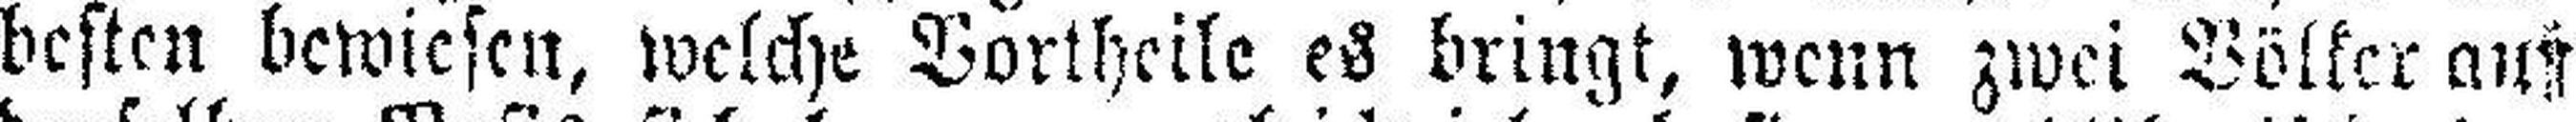
besten bewiesen, welche Vortheile es bringt, wenn zwei Völker auf